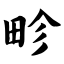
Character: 畛